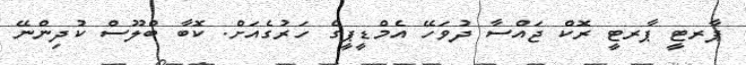
ޕާރޓީ ޕާރޓީ ރޮކް ޖައްސާ ދުވަހޭ އެމްޑީޕީގެ ހަރުގެއަށް. ކޮބާ ބްލޫސް ކުދިންނޭ